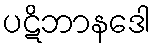
ပဋိဘာနဒေါ